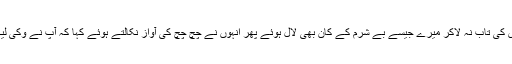
پہلے تو انہوں نے بھائی کی شان میں تئیس بند کا 'قصیدہ' پڑھا جس کی تاب نہ لاکر میرے جیسے بے شرم کے کان بھی لال ہوئے پھر انہوں نے چچ چچ کی آواز نکالتے ہوئے کہا کہ آپ نے وکی لیکس (اور لیکس کا تلفظ انہوں نے جھیل والے لیک سے مستعار لیا!